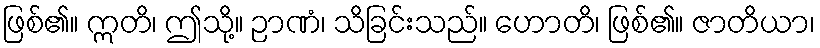
ဖြစ်၏။ ဣတိ၊ ဤသို့။ ဉာဏံ၊ သိခြင်းသည်။ ဟောတိ၊ ဖြစ်၏။ ဇာတိယာ၊